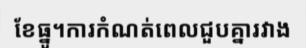
ខែធ្នូ។ការកំណត់ពេលជួបគ្នារវាង